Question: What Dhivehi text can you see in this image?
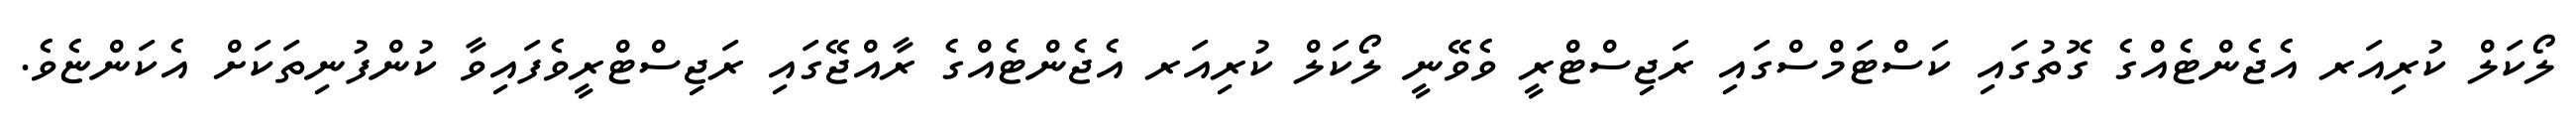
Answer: ލޯކަލް ކުރިއަރ އެޖެންޓެއްގެ ގޮތުގައި ކަސްޓަމްސްގައި ރަޖިސްޓްރީ ވެވޭނީ ލޯކަލް ކުރިއަރ އެޖެންޓެއްގެ ރާއްޖޭގައި ރަޖިސްޓްރީވެފައިވާ ކުންފުނިތަކަށް އެކަންޏެވެ.